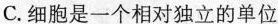
C.细胞是一个相对独立的单位